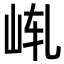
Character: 𪨩